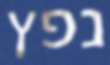
נפץ